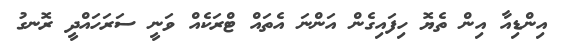
އިންޑިއާ އިން ތެޔޮ ހިފައިގެން އަންނަ އެތައް ޓްރަކެއް ވަނީ ސަރަހައްދީ ރޮނގު